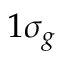
1 \sigma _ { g }